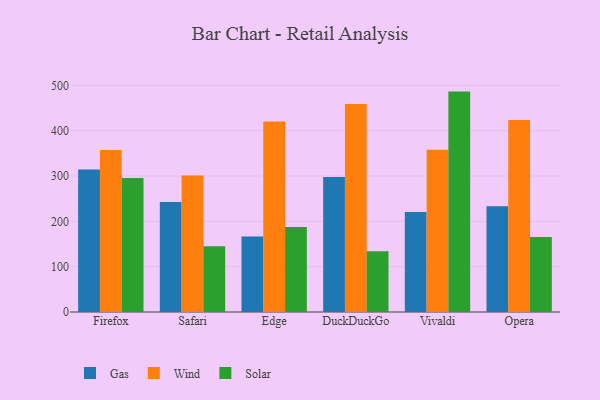
{"axis": {"x": "Browser", "y": "Shipments"}, "legend": ["Gas", "Solar", "Wind"], "data": [{"x": "Firefox", "y": 314.2, "type": "Gas"}, {"x": "Firefox", "y": 357.2, "type": "Wind"}, {"x": "Firefox", "y": 295.6, "type": "Solar"}, {"x": "Safari", "y": 242.7, "type": "Gas"}, {"x": "Safari", "y": 300.9, "type": "Wind"}, {"x": "Safari", "y": 145.1, "type": "Solar"}, {"x": "Edge", "y": 166.4, "type": "Gas"}, {"x": "Edge", "y": 420.2, "type": "Wind"}, {"x": "Edge", "y": 187.7, "type": "Solar"}, {"x": "DuckDuckGo", "y": 297.8, "type": "Gas"}, {"x": "DuckDuckGo", "y": 458.8, "type": "Wind"}, {"x": "DuckDuckGo", "y": 134.0, "type": "Solar"}, {"x": "Vivaldi", "y": 220.5, "type": "Gas"}, {"x": "Vivaldi", "y": 358.1, "type": "Wind"}, {"x": "Vivaldi", "y": 486.2, "type": "Solar"}, {"x": "Opera", "y": 233.5, "type": "Gas"}, {"x": "Opera", "y": 423.8, "type": "Wind"}, {"x": "Opera", "y": 165.2, "type": "Solar"}]}